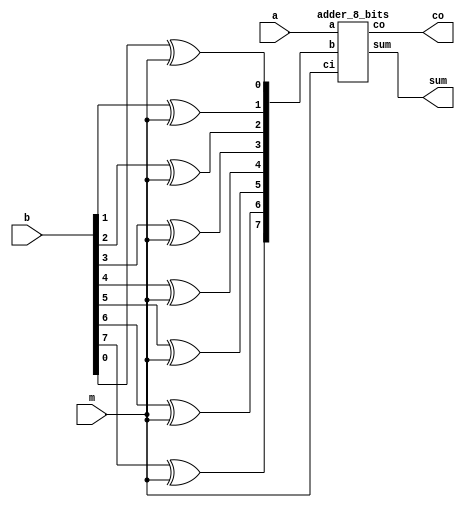
module adder_subtr_8_bits (a, b, m, sum, co);

  input signed [7:0] a, b;
  wire signed [7:0] add_sub;
  output signed [7:0] sum;
  input m;
  output co;

  xor xor0(add_sub[0], b[0], m);
  xor xor1(add_sub[1], b[1], m);
  xor xor2(add_sub[2], b[2], m);
  xor xor3(add_sub[3], b[3], m);
  xor xor4(add_sub[4], b[4], m);
  xor xor5(add_sub[5], b[5], m);
  xor xor6(add_sub[6], b[6], m);
  xor xor7(add_sub[7], b[7], m);

  adder_8_bits adder(a, add_sub, m, sum, co);

endmodule // adder_subtr_8_bits

module adder_8_bits (a, b, ci, sum, co);

  input [7:0] a, b;
  input ci;
  output [7:0] sum;
  output co;
  wire carry1, carry2, carry3, carry4, carry5, carry6, carry7;

  full_adder add0(a[0], b[0], ci, sum[0], carry1);
  full_adder add1(a[1], b[1], carry1, sum[1], carry2);
  full_adder add2(a[2], b[2], carry2, sum[2], carry3);
  full_adder add3(a[3], b[3], carry3, sum[3], carry4);
  full_adder add4(a[4], b[4], carry4, sum[4], carry5);
  full_adder add5(a[5], b[5], carry5, sum[5], carry6);
  full_adder add6(a[6], b[6], carry6, sum[6], carry7);
  full_adder add7(a[7], b[7], carry7, sum[7], co);

endmodule // adder_8_bits


module full_adder (a, b, ci, sum, carry);

  input a, b, ci;
  output carry, sum;
  wire a_b, a_ci, b_ci;

  xor (sum, a, b, ci);
  and (a_b, a, b);
  and (a_ci, a, ci);
  and (b_ci, b, ci);
  or (carry, a_b, a_ci, b_ci);

endmodule // full_adder